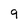
Character: 9